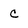
Character: c